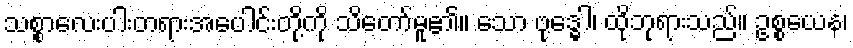
သစ္စာလေးပါးတရားအပေါင်းတို့ကို သိတော်မူ၏။ သော ဗုဒ္ဓေါ၊ ထိုဘုရားသည်။ ဥစ္စယေန၊